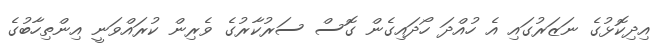
އިދިކޮޅުގެ ނަޒަރުގައި އެ ހުއްދަ ހޯދައިގެން ގޮސް ސަރުކާރުގެ ވެރިން ކުރައްވަނީ އިންތިހާބުގެ